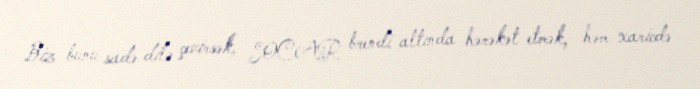
Biz bunu sadə dilə çevirsək, SOCAR brendi altında hərəkət etmək, həm xaricdə